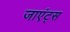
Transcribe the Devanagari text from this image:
जाएंट्स